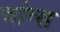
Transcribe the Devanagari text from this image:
चांग्स